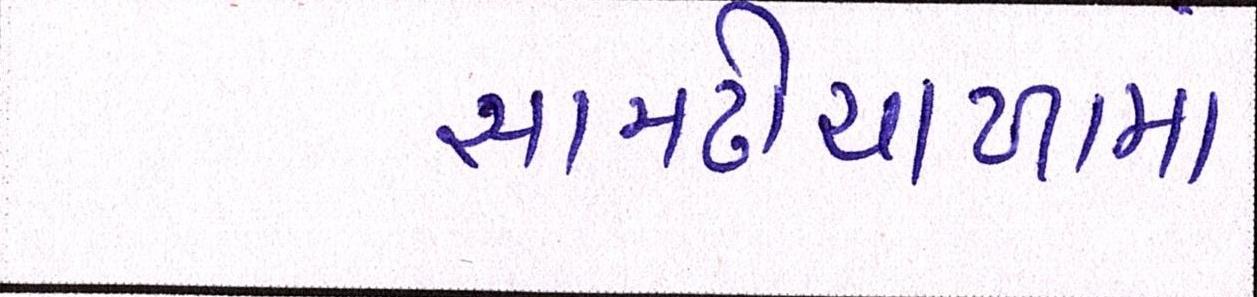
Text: સામઢીયાળામાં